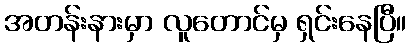
အတန်းနားမှာ လူတောင်မှ ရှင်းနေပြီ။